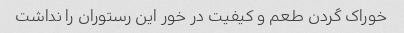
خوراک گردن طعم و کیفیت در خور این رستوران را نداشت